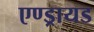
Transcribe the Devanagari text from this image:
एण्ड्रायड